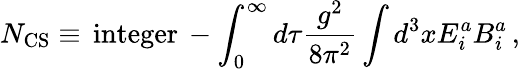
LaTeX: N_{\mathrm{CS}}\equiv\, \mathrm{integer}\, -\int_{0}^{\infty}d\tau\frac{g^{2}}{8\pi^{2}}\int d^{3}xE_{i}^{a}B_{i}^{a}\, ,